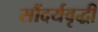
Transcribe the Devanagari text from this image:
सौंदर्यवृद्धी